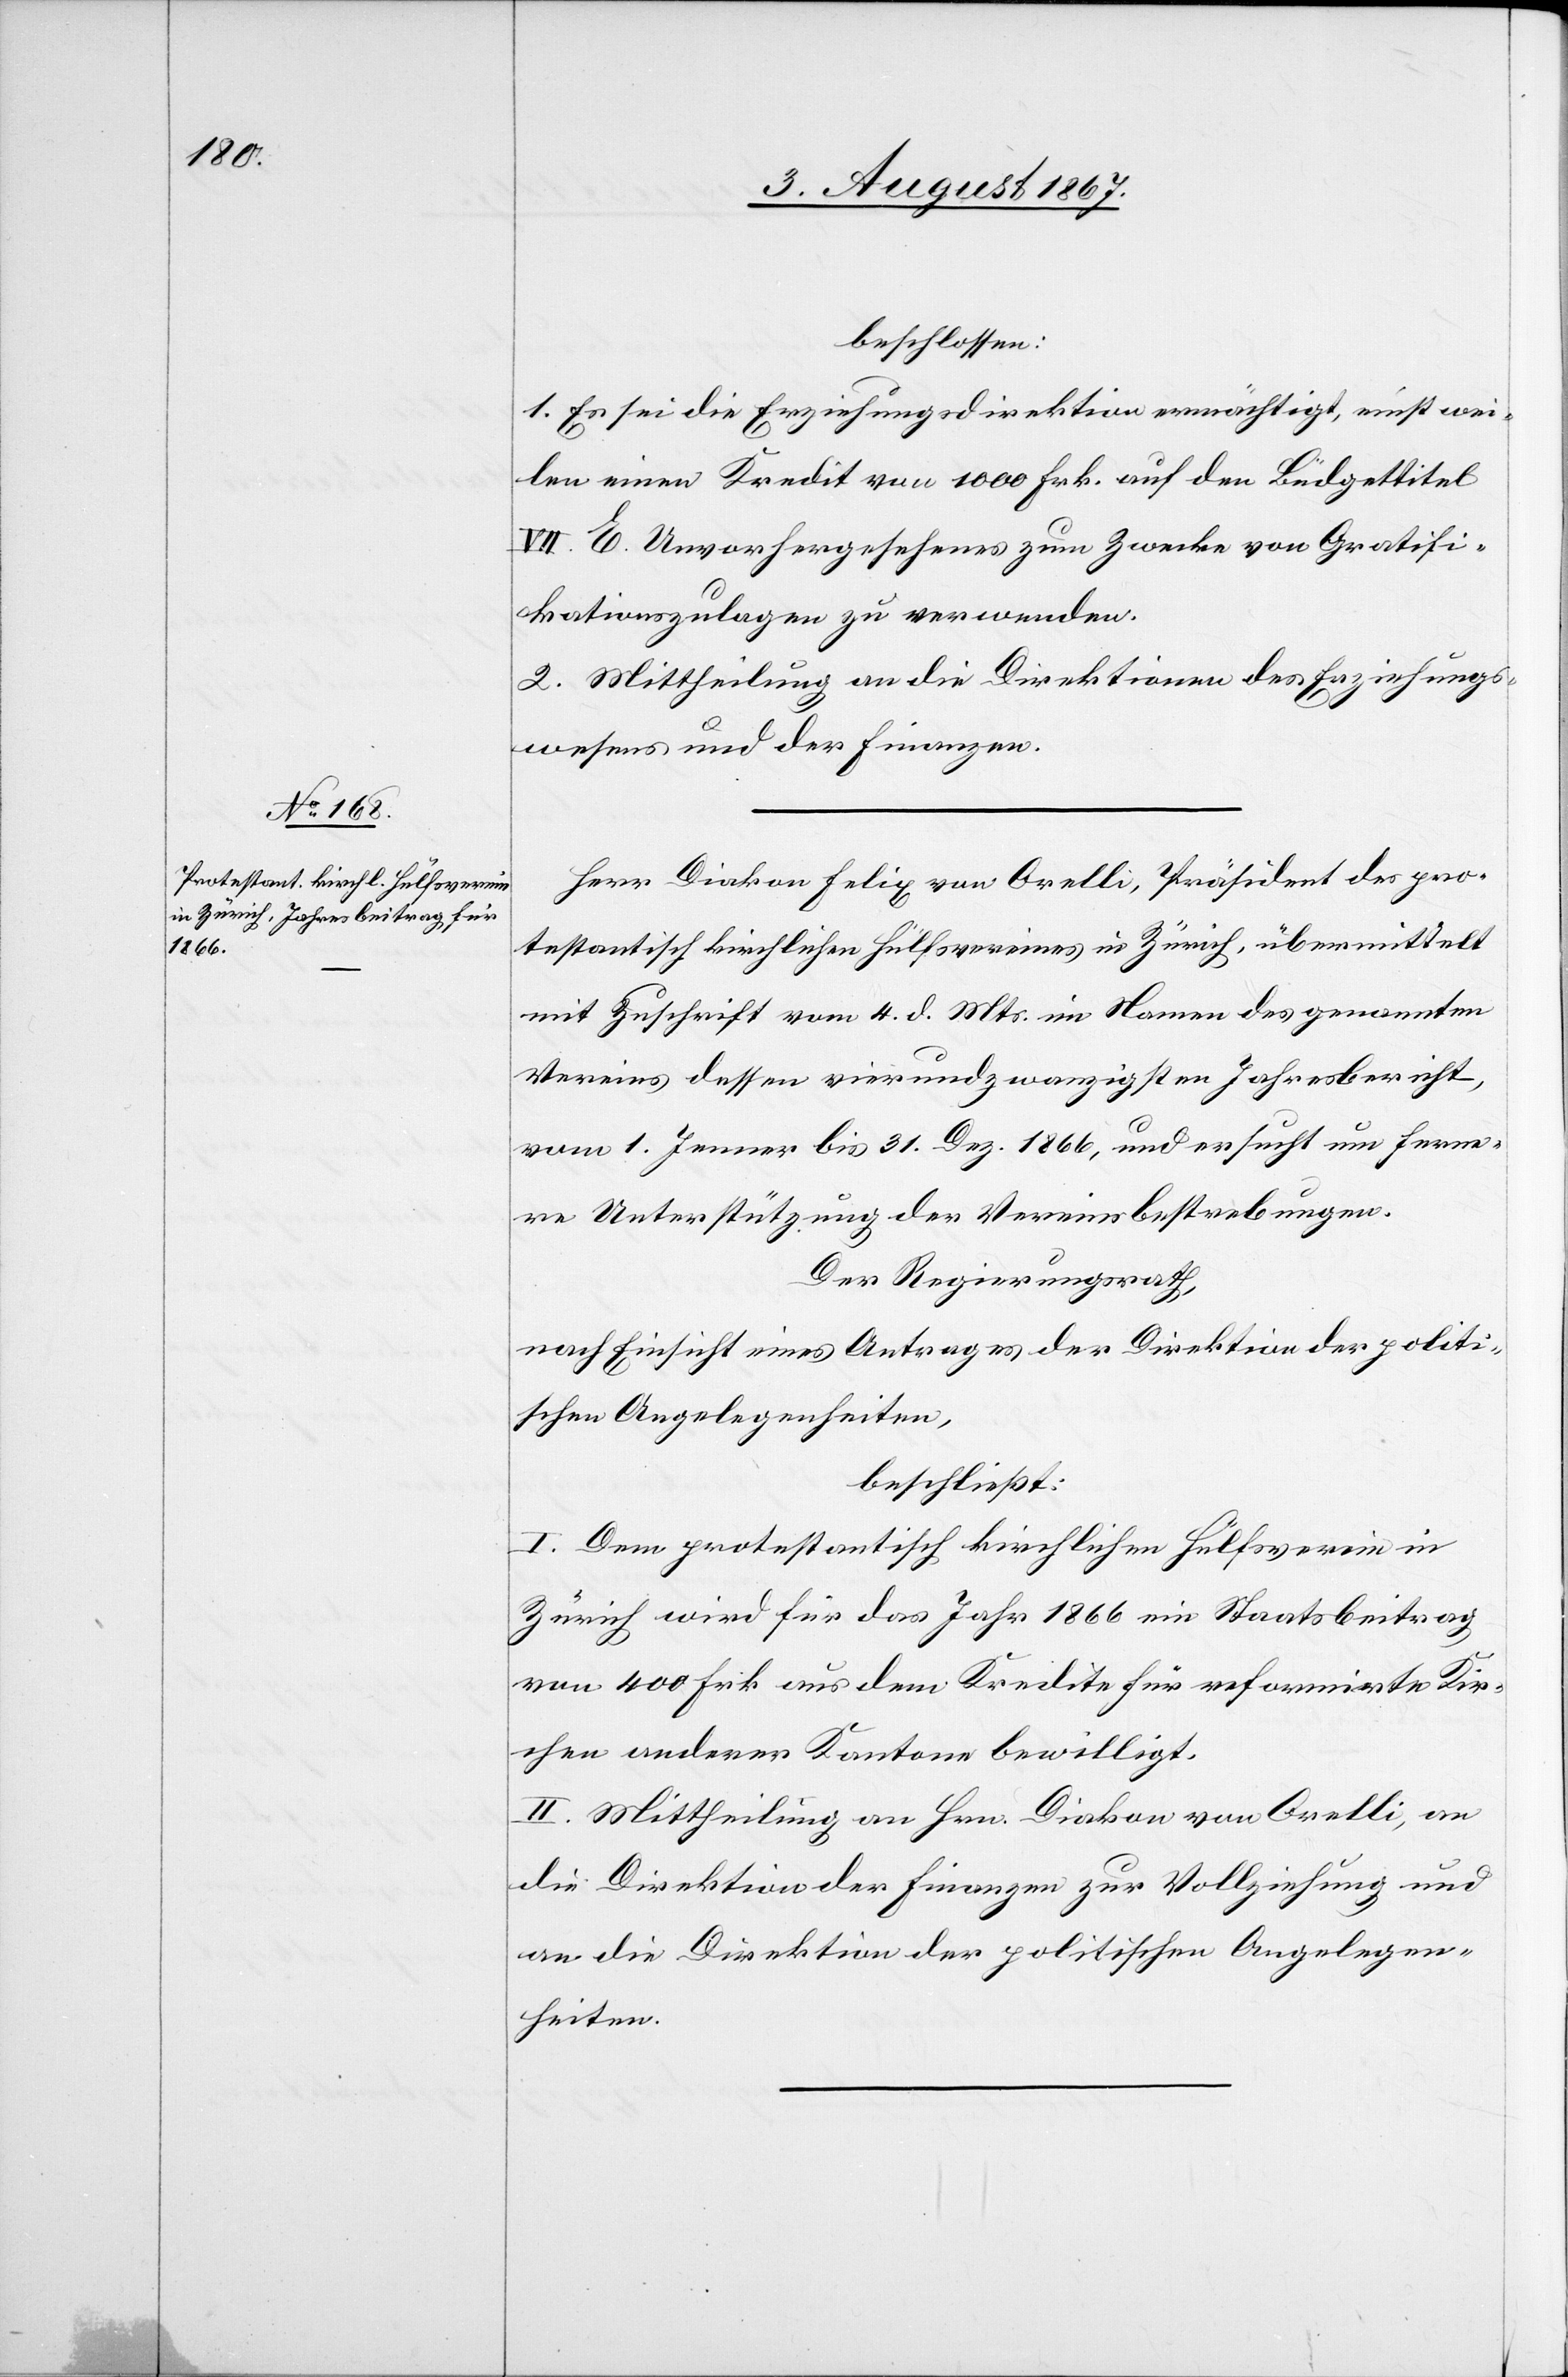
beschlossen:
1. Es sei die Erziehungsdirektion ermächtigt, einstwei¬
len einen Kredit von 1000 Frk. auf den Büdgettitel
VII. E. Unvorhergesehenes zum Zwecke von Gratifi¬
kationszulagen zu verwenden.
2. Mittheilung an die Direktionen der Erziehungs¬
wesens und der Finanzen.
Herr Diakon Felix von Orelli, Präsident des pro¬
testantisch kirchlichen Hülfsvereins in Zürich, übermittelt
mit Zuschrift vom 4. d. Mts. im Namen des genannten
Vereins dessen vierundzwanzigsten Jahresbericht,
vom 1. Jenner bis 31. Dez. 1866, und ersucht um ferne¬
re Unterstützung der Vereinsbestrebungen.
Der Regierungsrath,
nach Einsicht eines Antrages der Direktion der politi¬
schen Angelegenheiten,
beschließt:
I. Dem protestantisch kirchlichen Hülfsverein in
Zürich wird für das Jahr 1866 ein Staatsbeitrag
von 400 Frk. aus dem Kredite für reformirte Kir¬
chen anderer Kantone bewilligt.
II. Mittheilung an Hrn. Diakon von Orelli, an
die Direktion der Finanzen zur Vollziehung und
an die Direktion der politischen Angelegen¬
heiten.